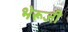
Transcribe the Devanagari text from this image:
भेरूजी